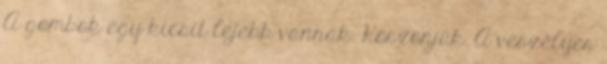
A gombok egy kicsit lejebb vannak. Köszönjük. A veszélyes